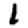
Digit: 1